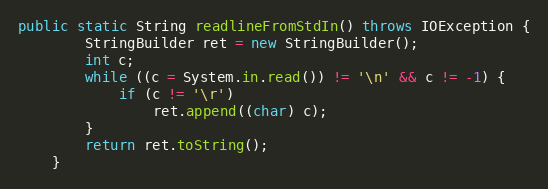
Language: Java
public static String readlineFromStdIn() throws IOException {
		StringBuilder ret = new StringBuilder();
		int c;
		while ((c = System.in.read()) != '\n' && c != -1) {
			if (c != '\r')
				ret.append((char) c);
		}
		return ret.toString();
	}